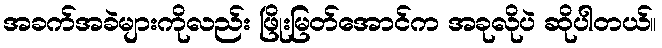
အခက်အခဲများကိုလည်း ဖြိုးမြတ်အောင်က အခုလိုပဲ ဆိုပါတယ်။